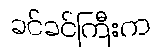
ခင်ခင်ကြီးက